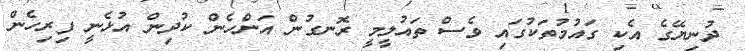
ދުނިޔޭގެ އެކި ގައުމުތަކުގައި ވެސް ތައުލީމީ ރޮނގުން އަންހެން ކުދިން އުޅެނީ ފިރިހެން